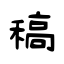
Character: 稿